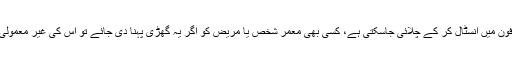
اس گھڑی کو ایک موبائل ایپ سے منسلک کیا گیا جو اینڈرائیڈ اور آئی او ایس اسمارٹ فون میں انسٹال کر کے چلائی جاسکتی ہے، کسی بھی معمر شخص یا مریض کو اگر یہ گھڑی پہنا دی جائے تو اُس کی غیر معمولی حرکات اور معمولات سے طبی تبدیلیوں اور خطرات کا انداز باآسانی لگایا جاسکتا ہے۔